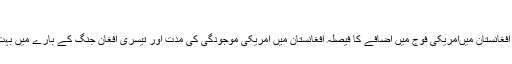
تیسری امریکہ افغان جنگ
ٹرمپ انتظامیہ کی جانب سے افغانستان میںامریکی فوج میں اضافے کا فیصلہ افغانستان میں امریکی موجودگی کی مدت اور تیسری افغان جنگ کے بارے میں بہت سے سوالات کو جنم دیتا ہے۔